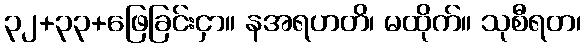
၃၂+၃၃+ဖြေခြင်းငှာ။ နအရဟတိ၊ မထိုက်။ သုစီရတ၊